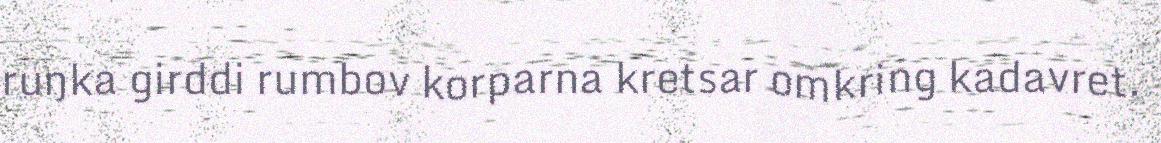
ruŋka girddi rumbov korparna kretsar omkring kadavret.